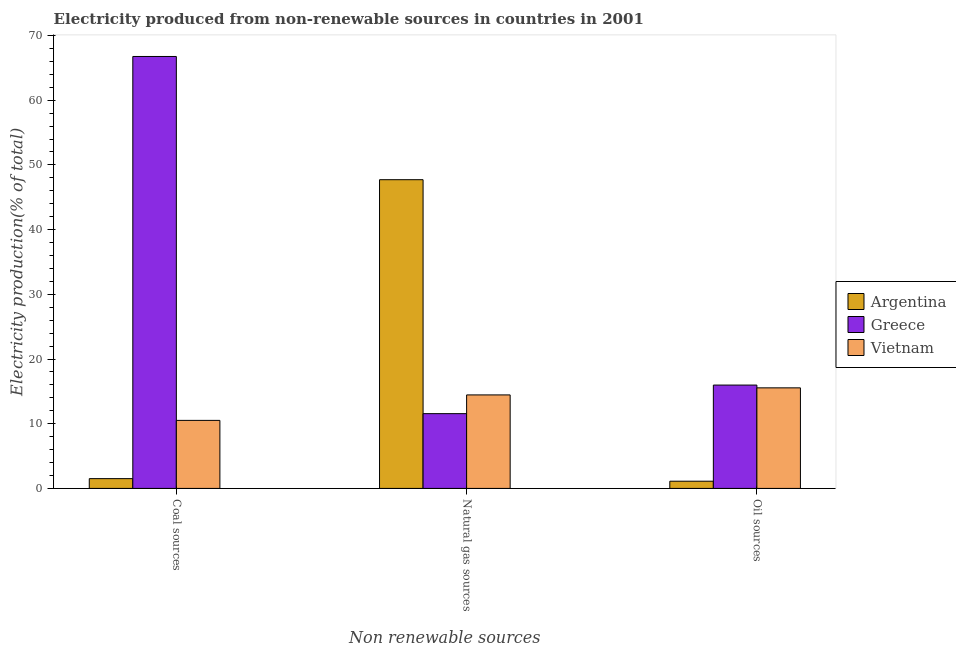
| Non renewable sources | Argentina | Greece | Vietnam |
 | --- | --- | --- | --- |
 | Coal sources | 1.51 | 66.8 | 10.5 |
 | Natural gas sources | 47.7 | 11.6 | 14.5 |
 | Oil sources | 1.11 | 16 | 15.5 |